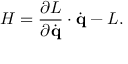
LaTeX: H = { \frac { \partial L } { \partial { \dot { \mathbf { q } } } } } \cdot { \dot { \mathbf { q } } } - L .